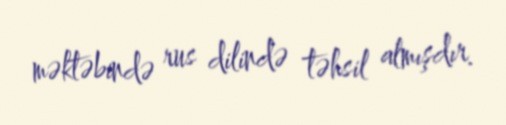
məktəbində rus dilində təhsil almışdır.